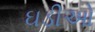
ઘડીઓ